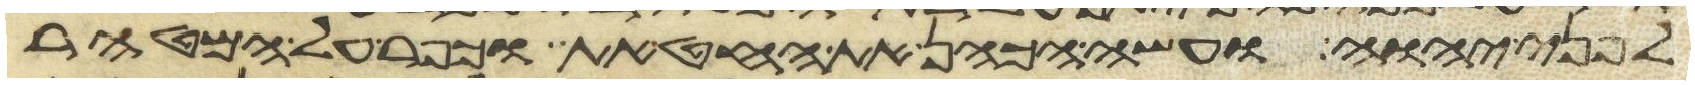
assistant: לפני יהוה ועשה הכהן את החטאת וכפר על המטהר